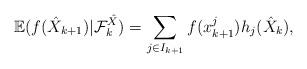
LaTeX: \begin{align*}\mathbb E(f(\hat X_{k+1}) \vert {\cal F}_ k^{\hat X}) = \sum_{j \in I_{k+1}} f(x_{k+1}^j) h_j(\hat X_k),\end{align*}